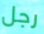
رجل